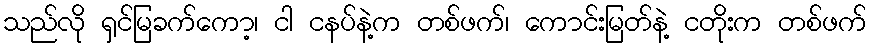
သည်လို ရှင်မြခက်ကော့၊ ငါ ငနပ်နဲ့က တစ်ဖက်၊ ကောင်းမြတ်နဲ့ ငတိုးက တစ်ဖက်